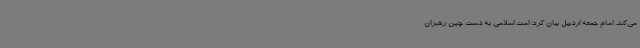
می‌کند. امام جمعه اردبیل بیان کرد: امت اسلامی به دست چنین رهبران